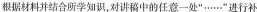
根据材料并结合所学知识，对讲稿中的任意一处”……”进行补